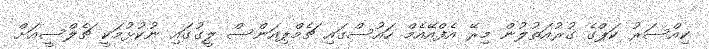
ކިއްސަރު ކަޕްގެ ގުރުއަތުލުން މިރޭ އެފްއޭއެމް ހައުސްގައި ޗެމްޕިއަންސް ލީގުގައި ނުކުޅުމަކީ ޗެލްސީއަށް